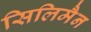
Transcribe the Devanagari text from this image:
सिलिमैन